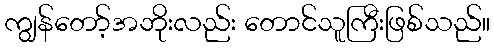
ကျွန်တော့်အဘိုးလည်း တောင်သူကြီးဖြစ်သည်။